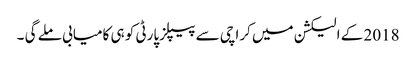
2018 کے الیکشن میں کراچی سے پیپلزپارٹی کو ہی کامیابی ملے گی ۔